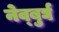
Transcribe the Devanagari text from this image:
नेव्बुर्घ